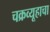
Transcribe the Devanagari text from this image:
चक्रव्यूहाचा